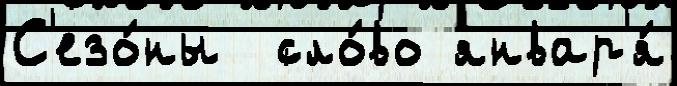
С'езо́ны  сло́во январ'я́